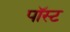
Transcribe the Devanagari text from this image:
पॉस्ट